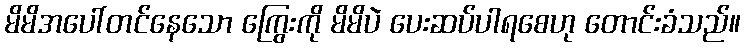
မိမိအပေါ်တင်နေသော ကြွေးကို မိမိပဲ ပေးဆပ်ပါရစေဟု တောင်းခံသည်။